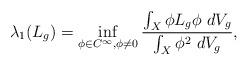
LaTeX: \begin{align*} \lambda_1(L_g) = \inf_{\phi \in C^{\infty}, \phi \neq 0} \dfrac{ \int_X \phi L_g\phi\ dV_g }{\int_X \phi^2\ dV_g},\end{align*}